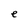
Character: e